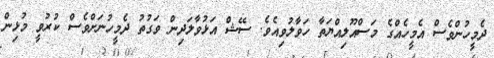
ދެމީހުންވެސް އެމީހެއްގެ މަސްއޫލިއްޔަތާ ހަވާލުވިއެވެ. ސޭޝް އަޅުވާލަދިން ވަގުތު ދެމީހުނަށްވެސް ކުރުވީ މުޅިން